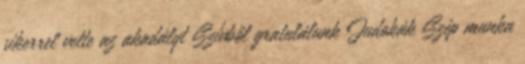
sikerrel vette az akadályt Szívből gratulálunk Judokák Szép munka